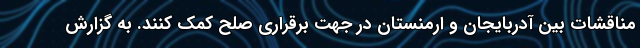
مناقشات بین آدربایجان و ارمنستان در جهت برقراری صلح کمک کنند. به گزارش